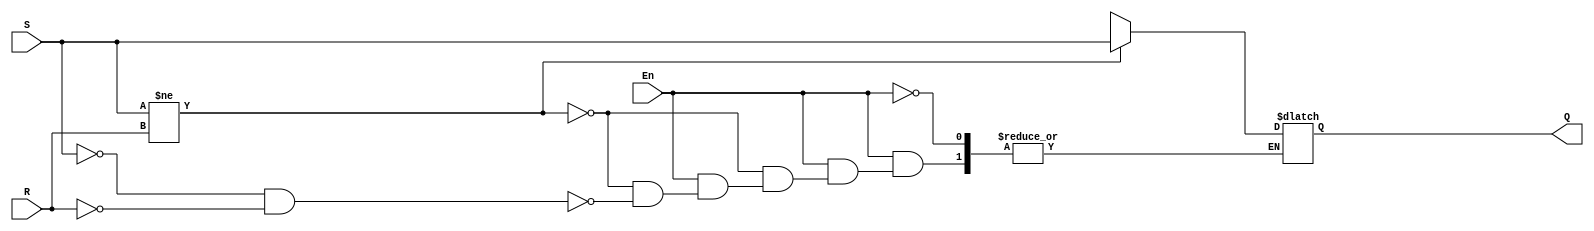
module srlatch(S,R,En,Q);
  input S,R,En;
  output reg Q;
  always @(*)
  begin
    if(En)
    begin
        if(S!=R)
             Q = S;
        else if (S==0 && R==0) Q = 1'bz;
    end
  end	
endmodule

module srlatch_4 (S, R, En, Q);   
    input [3:0]S;
    input [3:0]R;
    input En;
    output [3:0] Q;
    srlatch latch3(S[3],R[3],En,Q[3]);   
    srlatch latch2(S[2],R[2],En,Q[2]);  
    srlatch latch1(S[1],R[1],En,Q[1]);  
    srlatch latch0(S[0],R[0],En,Q[0]);  
endmodule